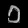
Digit: ၁